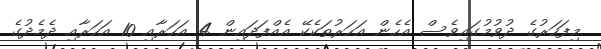
މިފަހަރުގެ ދުވުމުގައިވެސް އެހެން އަހަރުތަކެކޭ އެއްފަދައިން 4 އަހަރާއި 10 އަހަރާއި ދެމެދުގެ